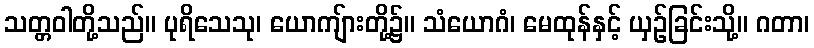
သတ္တဝါတို့သည်။ ပုရိသေသု၊ ယောကျ်ားတို့၌။ သံယောဂံ၊ မေထုန်နှင့် ယှဉ်ခြင်းသို့။ ဂတာ၊